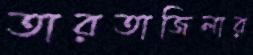
তারতাজিলার